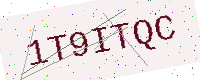
Text: 1T9ITQC